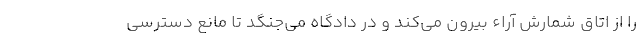
را از اتاق شمارش آراء بیرون می‌کند و در دادگاه می‌جنگد تا مانع دسترسی